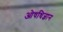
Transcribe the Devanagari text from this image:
ओषधिज्ञान